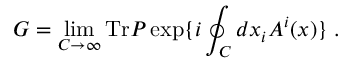
G = \operatorname * { l i m } _ { C \to \infty } \mathrm { T r } P \exp \{ i \oint _ { C } d x _ { i } A ^ { i } ( x ) \} \; .